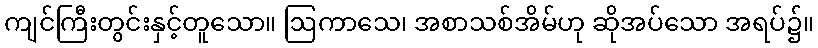
ကျင်ကြီးတွင်းနှင့်တူသော။ ဩကာသေ၊ အစာသစ်အိမ်ဟု ဆိုအပ်သော အရပ်၌။